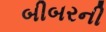
બીબરની